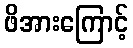
ဖိအားကြောင့်